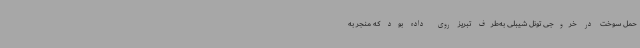
حمل سوخت در خروجی تونل شیبلی به‌طرف تبریز روی داده بود که منجر به